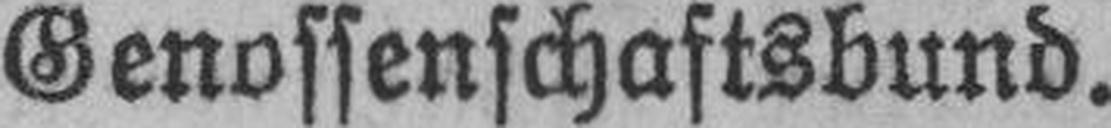
Genossenschaftsbund.